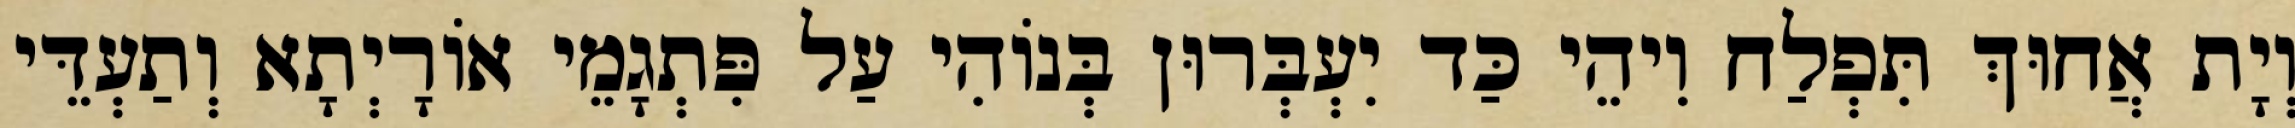
וְיָת אֲחוּךְ תִּפְלַח וִיהֵי כַּד יִעְבְּרוּן בְּנוֹהִי עַל פִּתְגָמֵי אוֹרָיְתָא וְתַעְדֵּי